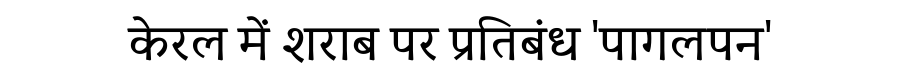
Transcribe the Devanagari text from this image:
केरल में शराब पर प्रतिबंध 'पागलपन'